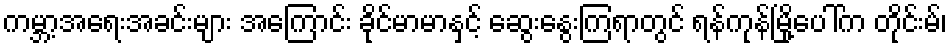
ကမ္ဘာ့အရေးအခင်းများ အကြောင်း ခိုင်မာမာနှင့် ဆွေးနွေးကြရာတွင် ရန်ကုန်မြို့ပေါ်က တိုင်းမ်၊